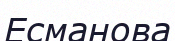
Есманова